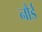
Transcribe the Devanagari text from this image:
नौर्ड